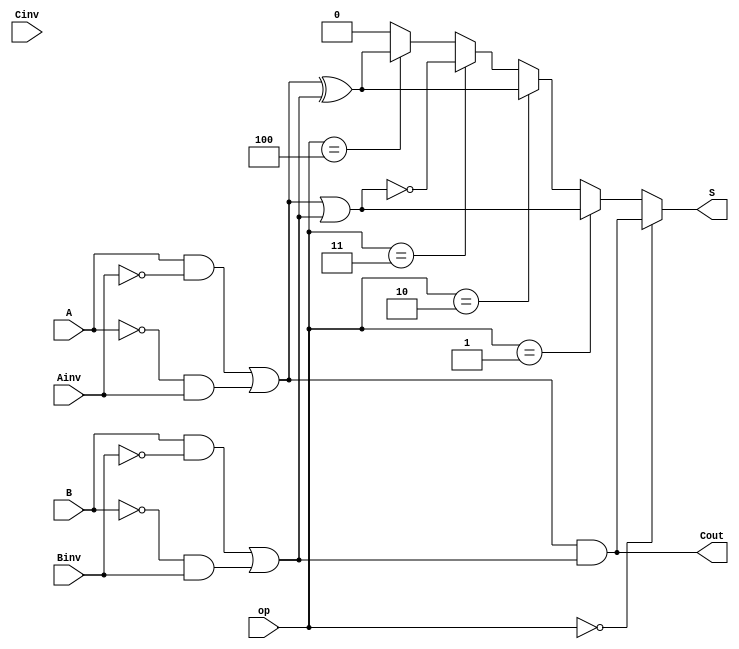
module DataFlowModelUlda (
  input A, B, Ainv, Binv, Cinv,
  input [2:0] op,
  output S,
  output Cout
);

// Fazendo o Mux 2 -> 1 para o A
wire cabo1 = A & ~Ainv;
wire cabo2 = ~A & Ainv;
wire cabo3 = cabo1 | cabo2;

// Fazendo o Mux 2 -> 1 para o B
wire b1 = B & ~Binv;
wire b2 = ~B & Binv;
wire b3 = b1 | b2;

// Portas lgicas para p1, p2, p3, p4
wire p1 = cabo3 & b3;
wire p2 = cabo3 | b3;
wire p3 = cabo3 ^ b3;
wire p4 = ~(cabo3 | b3);

// Half Adder
wire sum = cabo3 ^ b3;
assign Cout = cabo3 & b3;

// Mux 5 to 1
assign S = (op == 3'b000) ? p1 :
           (op == 3'b001) ? p2 :
           (op == 3'b010) ? p3 :
           (op == 3'b011) ? p4 :
           (op == 3'b100) ? sum : 1'b0;

endmodule